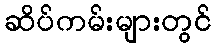
ဆိပ်ကမ်းများတွင်